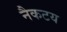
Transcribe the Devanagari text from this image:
नैकटय